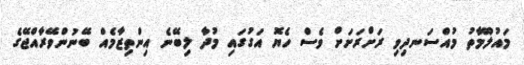
މައުލޫމާތު މުއްސަނދިވި ރަށްރަށަށް ވެސް ހެޔޮ އަގުގައި މުދާ ލިބޭނެ އިންތިޒާމެއް ބޭނުންވޭރާއްޖޭގެ